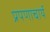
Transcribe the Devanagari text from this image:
प्रपणाचार्य